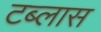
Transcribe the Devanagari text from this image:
टब्लास